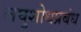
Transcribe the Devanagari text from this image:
लघुशोधप्रबंध